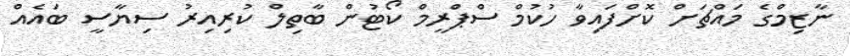
ނާޒިމްގެ މައްޗަށް ކޮށްފައިވާ ހުކުމް ސްޕްރީމް ކޯޓުން ބާތިލް ކުރިއިރު ސިޔާސީ ބައެއް